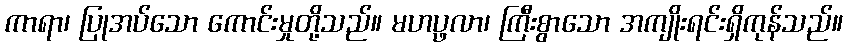
ကာရာ၊ ပြုအပ်သော ကောင်းမှုတို့သည်။ မဟပ္ဖလာ၊ ကြီးစွာသော အကျိုးရင်းရှိကုန်သည်။